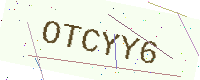
Text: OTCYY6